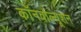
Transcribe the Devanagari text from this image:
कॉनवोल्यूशन